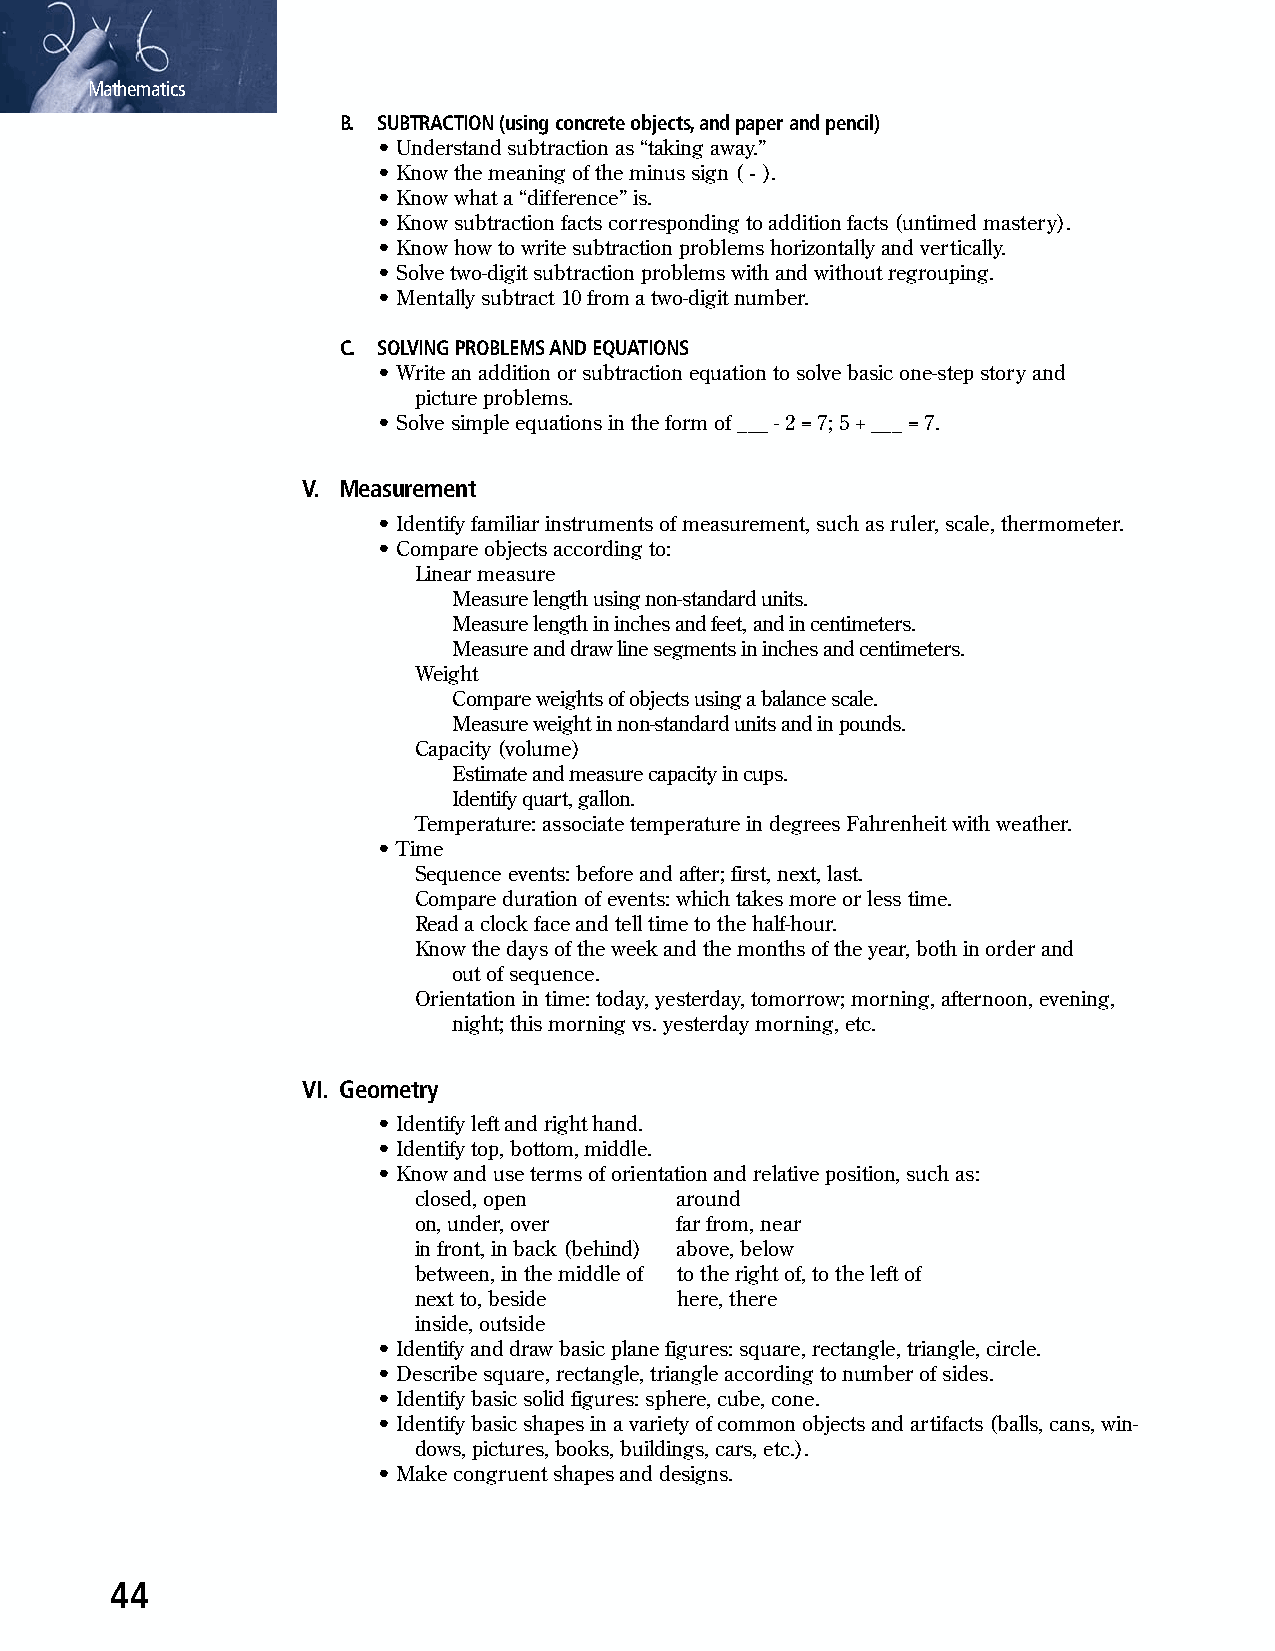
Mathematics
 B. SUBTRACTION (using concrete objects, and paper and pencil)
 • Understand subtraction as “taking away.”
 • Know the meaning of the minus sign ( - ).
 • Know what a “difference” is.
 • Know subtraction facts corresponding to addition facts (untimed mastery).
 • Know how to write subtraction problems horizontally and vertically.
 • Solve two-digit subtraction problems with and without regrouping.
 • Mentally subtract 10 from a two-digit number.
 C. SOLVING PROBLEMS AND EQUATIONS
 • Write an addition or subtraction equation to solve basic one-step story and
 picture problems.
 • Solve simple equations in the form of ___ - 2 = 7; 5 + ___ = 7.
 V. Measurement
 • Identify familiar instruments of measurement, such as ruler, scale, thermometer.
 • Compare objects according to:
 Linear measure
 Measure length using non-standard units.
 Measure length in inches and feet, and in centimeters.
 Measure and draw line segments in inches and centimeters.
 Weight
 Compare weights of objects using a balance scale.
 Measure weight in non-standard units and in pounds.
 Capacity (volume)
 Estimate and measure capacity in cups.
 Identify quart, gallon.
 Temperature: associate temperature in degrees Fahrenheit with weather.
 • Time
 Sequence events: before and after; first, next, last.
 Compare duration of events: which takes more or less time.
 Read a clock face and tell time to the half-hour.
 Know the days of the week and the months of the year, both in order and
 out of sequence.
 Orientation in time: today, yesterday, tomorrow; morning, afternoon, evening,
 night; this morning vs. yesterday morning, etc.
 VI. Geometry
 • Identify left and right hand.
 • Identify top, bottom, middle.
 • Know and use terms of orientation and relative position, such as:
 closed, open      around
 on, under, over   far from, near
 in front, in back (behind) above, below
 between, in the middle of to the right of, to the left of
 next to, beside   here, there
 inside, outside
 • Identify and draw basic plane figures: square, rectangle, triangle, circle.
 • Describe square, rectangle, triangle according to number of sides.
 • Identify basic solid figures: sphere, cube, cone.
 • Identify basic shapes in a variety of common objects and artifacts (balls, cans, win-
 dows, pictures, books, buildings, cars, etc.).
 • Make congruent shapes and designs.
 44